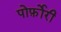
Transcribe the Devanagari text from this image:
पोर्फ़ोरी